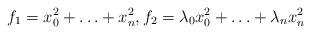
LaTeX: \begin{align*}f_1=x_0^2+\ldots+x_n^2,f_2=\lambda_0 x_0^2+\ldots+\lambda_n x_n^2\end{align*}